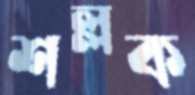
শল্লক